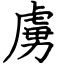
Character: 虜